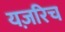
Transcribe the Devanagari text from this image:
यज़रिच